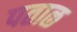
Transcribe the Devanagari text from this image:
पताळ